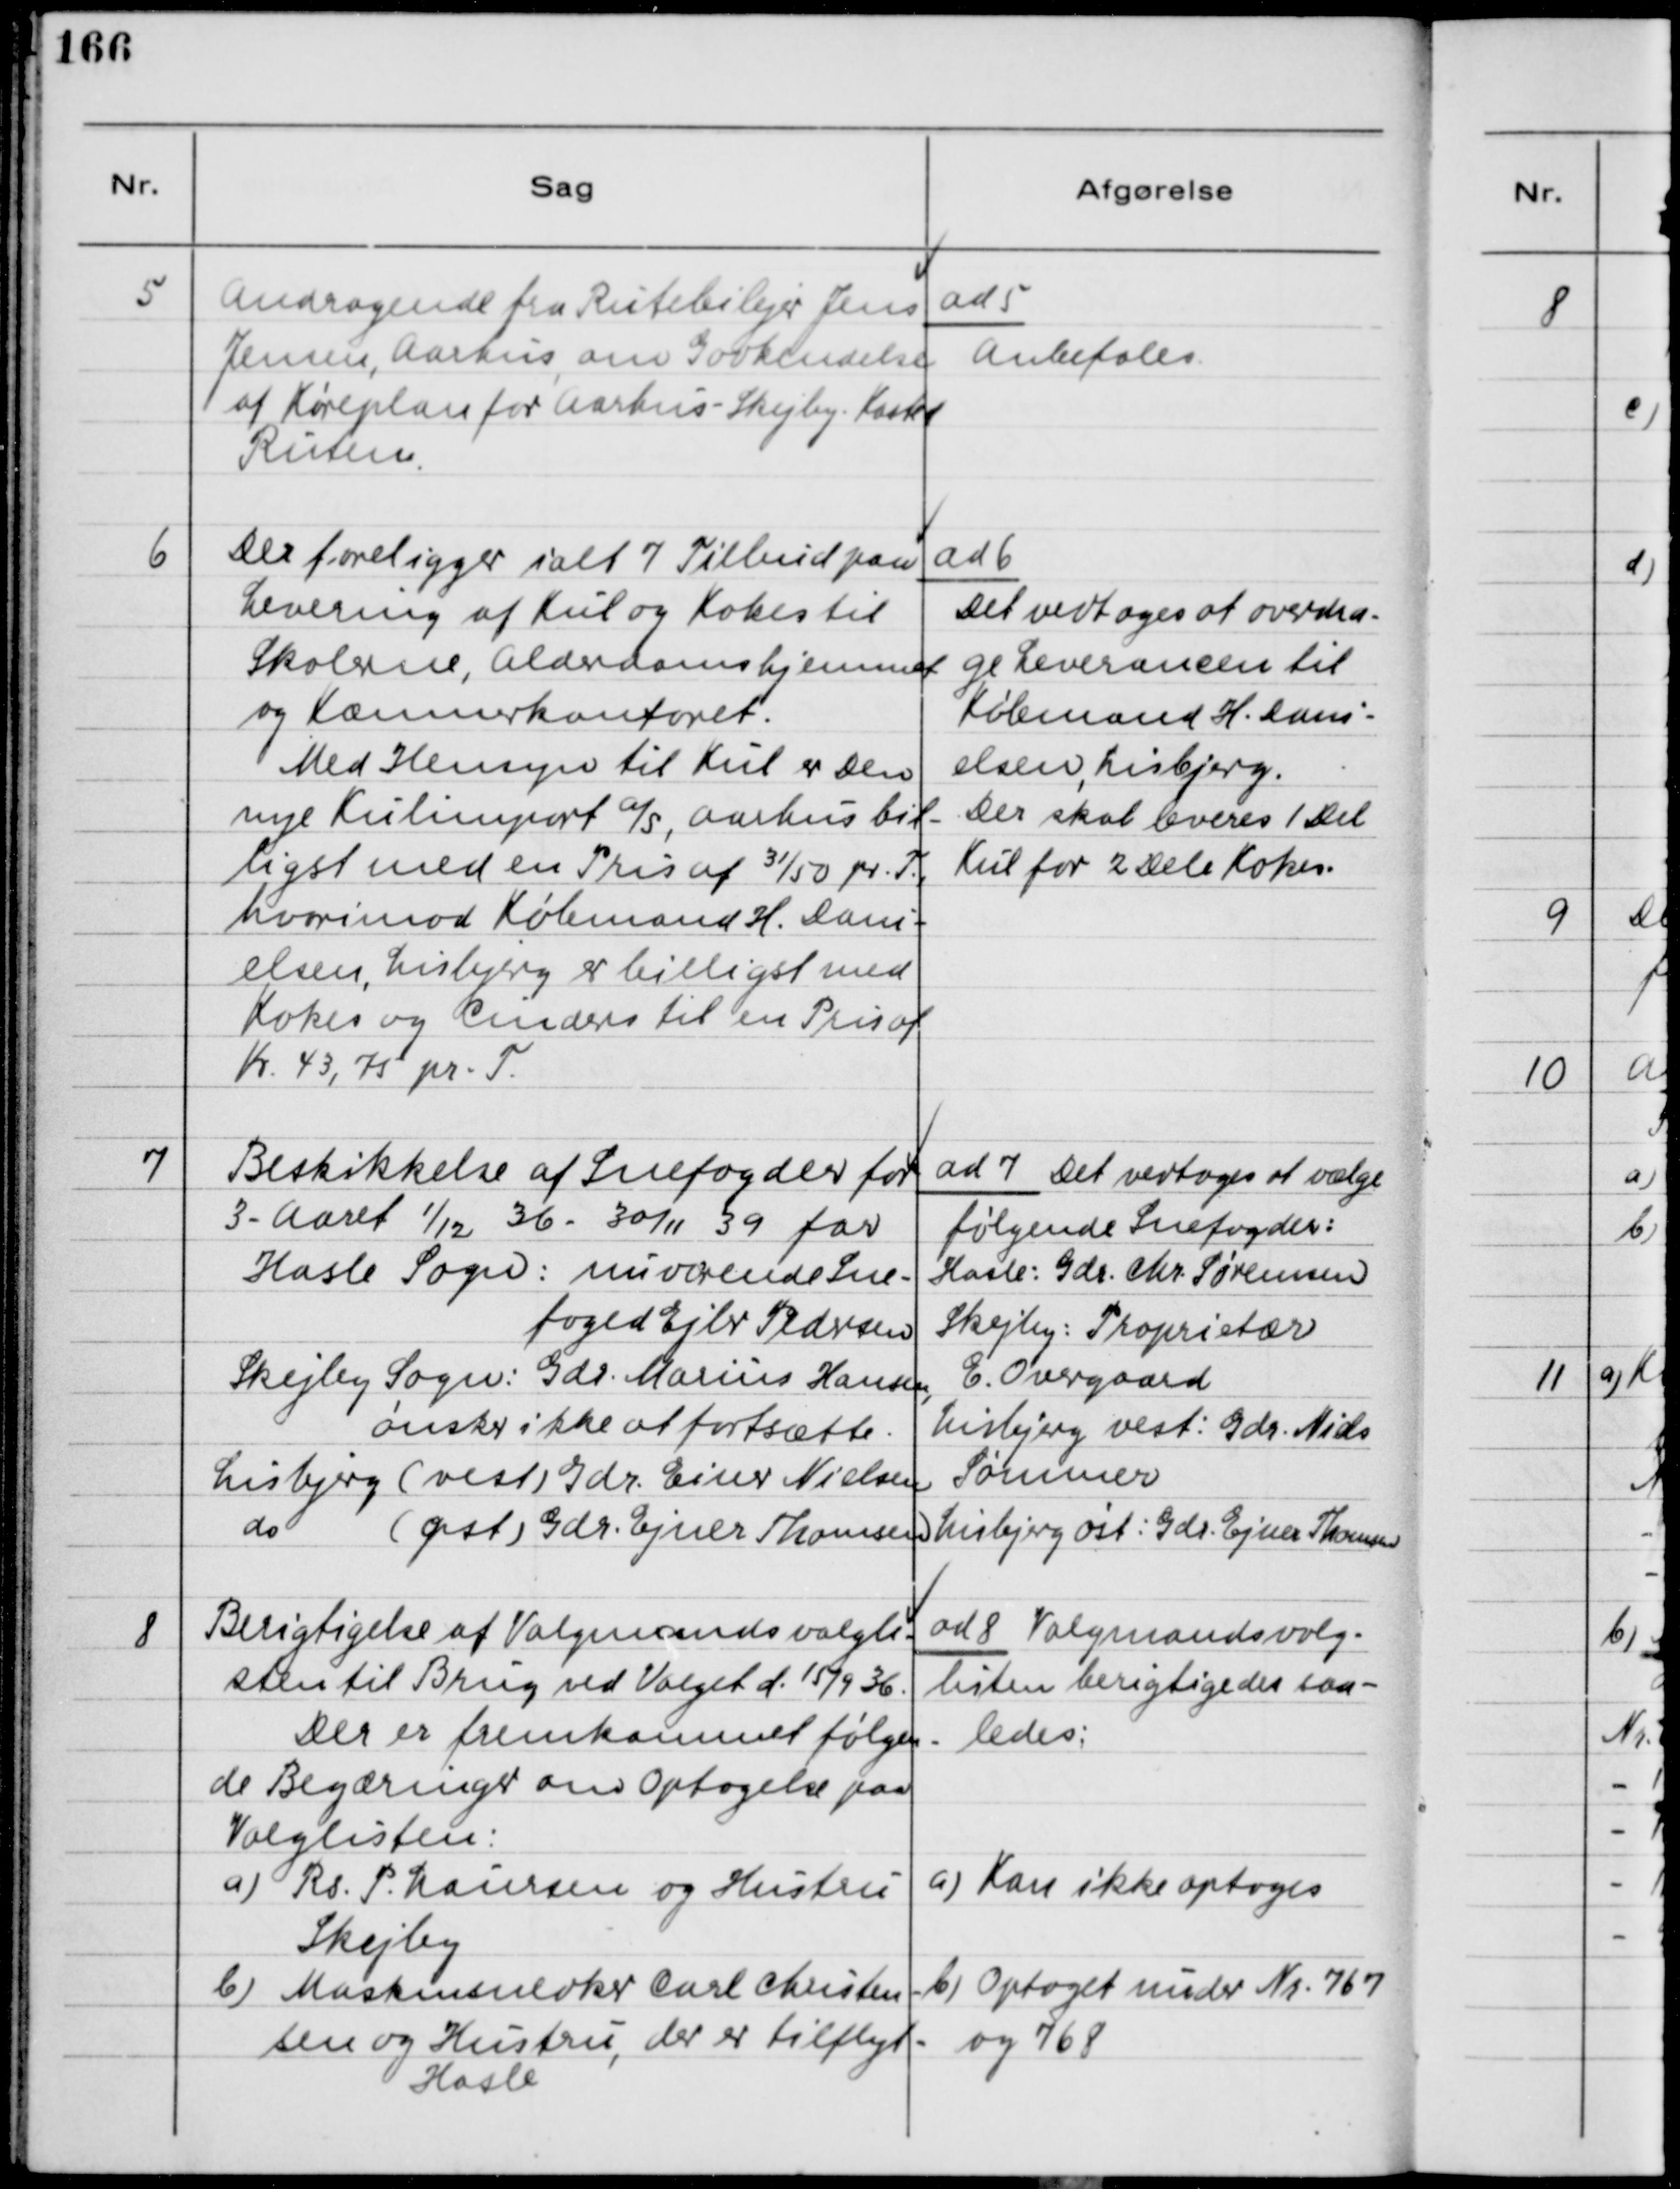
Transskription:
5
Andragende fra Rutebilejer Jens
Jensen, Aarhus, om Godkendelse
af Køreplan for Aarhus-Skejby-Kasted
Ruten.
ad 5
Anbefales
6
Der foreligger ialt 7 Tilbud paa
Levering af Kul og Koks til
Skolerne, Alderdomshjemmet
og Kæmnerkontoret.
Med Hensyn til Kul er Den
nye Kulimport a/s, Aarhus bil-
ligst med en Pris af 31/50 pr. T.
hvorimod Købmand H. Dani-
elsen, Lisbjerg er billigst med
Kokes og Cinders til en Pris af
Kr. 43,75 pr. T.
ad 6
Det vedtoges at overdra-
ge Leverancen til
Købmand H. Dani-
elsen, Lisbjerg.
Der skal leveres 1 Del
Kul for 2 Dele Kokes.
7
Beskikkelse af Snefogeder for
3-Aaret 1/12 36 - 30/11 39 for
Hasle Sogn: nuværende Sne-
foged Ejler Pedersen
Skejby Sogn: Gdr. Marius Hansen,
ønsker ikke at fortsætte.
Lisbjerg (Vest) Gdr. Einer Nielsen
do (Øst) Gdr. Ejner Thomsen
ad 7 Det vedtoges at vælge
følgende Snefogeder:
Hasle: Gdr. Chr. Sørensen
Skejby: Proprietær
E. Overgaard
Lisbjerg vest: Gdr. Niels
Sørensen
Lisbjerg øst: Gdr. Ejner Thomsen
8
Berigtigelse af Valgmands valgli-
sten til Brug ved Valget d. 15/9 36.
Der er fremkommet følgen-
de Begæringer om Optagelse paa
Valglisten:
a) Rs. P. Laursen og Hustru
Skejby
b) Maskinsnedker Carl Christen-
sen og Hustru, der er tilflyt-
Hasle
ad 8 Valgmandsvalg-
listen berigtigedes saa-
ledes:
a) Kan ikke optages
b) Optaget under Nr. 767
og 768